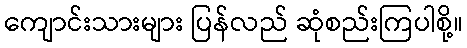
ကျောင်းသားများ ပြန်လည် ဆုံစည်းကြပါစို့။